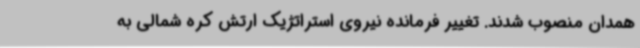
همدان منصوب شدند. تغییر فرمانده نیروی استراتژیک ارتش کره شمالی به